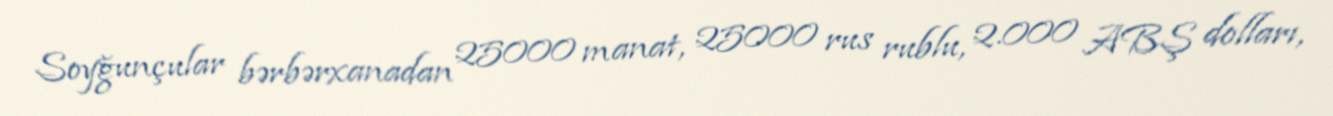
Soyğunçular bərbərxanadan 25000 manat, 25000 rus rublu, 2.000 ABŞ dolları,